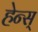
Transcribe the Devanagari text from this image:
हेन्स्